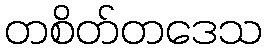
တစိတ်တဒေသ